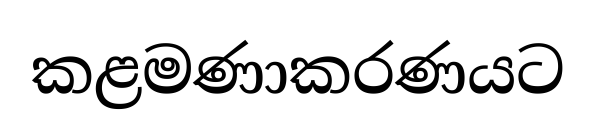
කළමණාකරණයට